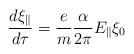
LaTeX: \begin{align*}\frac{d\xi_\parallel} {d\tau} = \frac{e}{m} \frac{\alpha}{2\pi}E_{\parallel}\xi_0\end{align*}